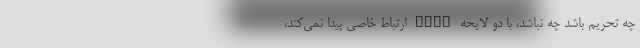
چه تحریم باشد چه نباشد، با دو لایحه FATF ارتباط خاصی پیدا نمی‌کند،